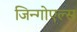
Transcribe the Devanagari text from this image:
जिन्गोएल्स